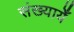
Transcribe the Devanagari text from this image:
संख्यायेँ